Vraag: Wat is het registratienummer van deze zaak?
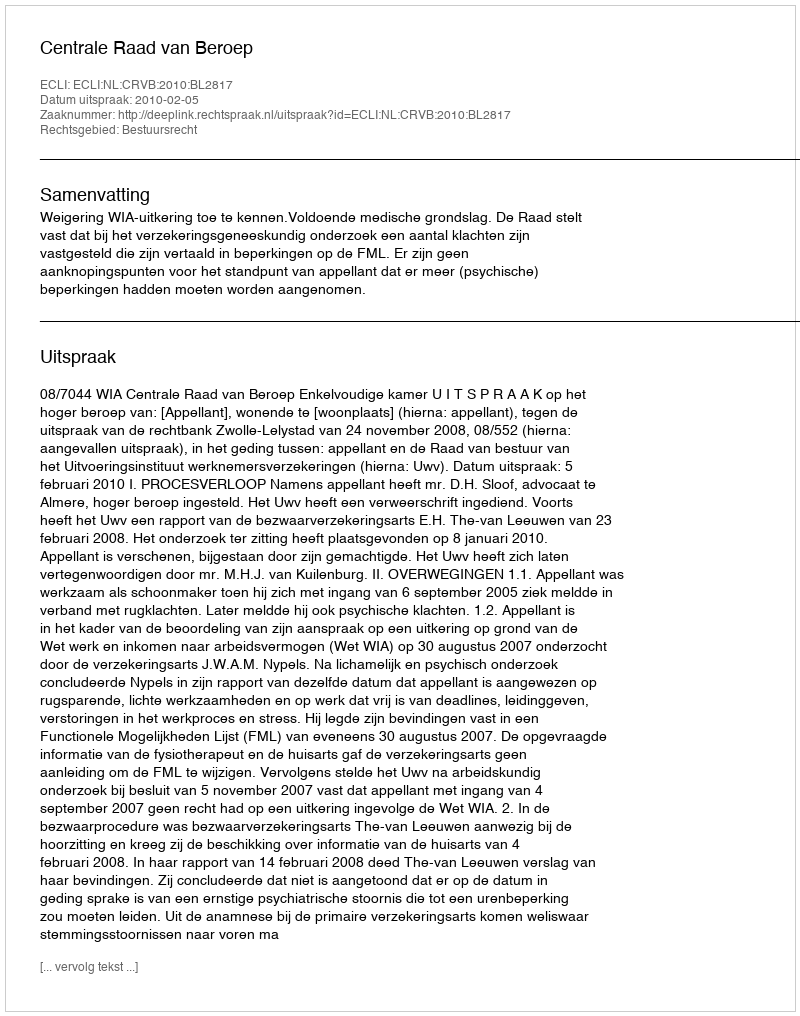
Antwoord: http://deeplink.rechtspraak.nl/uitspraak?id=ECLI:NL:CRVB:2010:BL2817